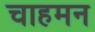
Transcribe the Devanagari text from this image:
चाहमन